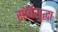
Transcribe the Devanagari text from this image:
सॉर्बेसुद्धा